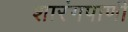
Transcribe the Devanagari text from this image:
शारंगपाणी